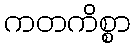
ကတကိစ္စာ